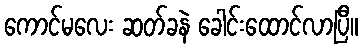
ကောင်မလေး ဆတ်ခနဲ ခေါင်းထောင်လာပြီ။